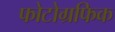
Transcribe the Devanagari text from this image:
फोटोग्रफिक